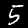
Label: 5